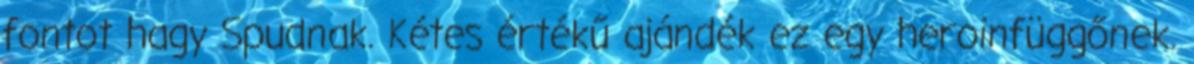
fontot hagy Spudnak. Kétes értékű ajándék ez egy heroinfüggőnek.